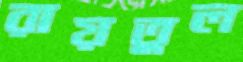
রায়তুল